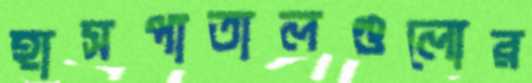
হাসপাতালগুলোর